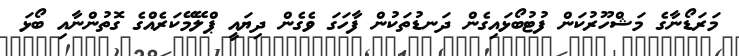
މަރަޑޯނާގެ މަޝްހޫރުކަން ފުޓުބޯޅައިގެން ދަނޑުތަކުން ފާހަގަ ވެގެން ދިޔައީ ޕްލޭމޭކަރެއްގެ ގޮތުންނާއި ބޯޅަ